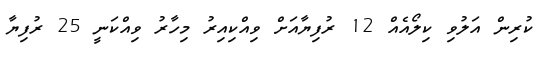
ކުރިން އަލުވި ކިލޯއެއް 12 ރުފިޔާއަށް ވިއްކިއިރު މިހާރު ވިއްކަނީ 25 ރުފިޔާ